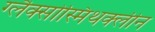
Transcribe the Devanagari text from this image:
ग्लैक्सोस्मिथक्लीन